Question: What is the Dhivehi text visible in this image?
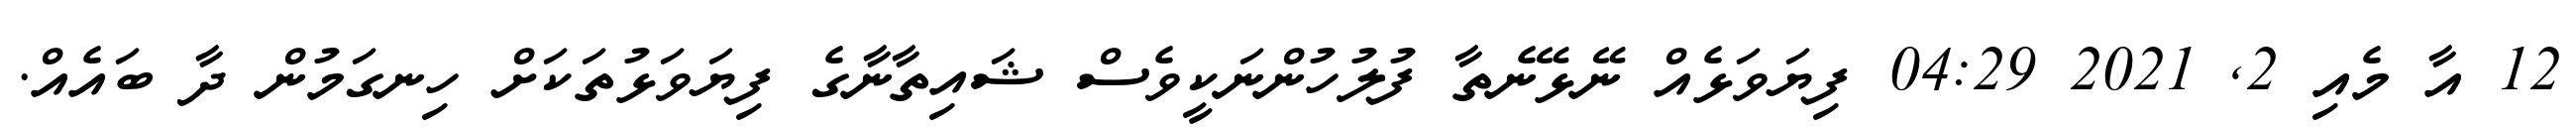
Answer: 12 އާ މެއި 2, 2021 04:29 ފިޔަވަޅެއް ނޭޅޭނެތާ ފުލުހުންނަކީވެސް ޝައިތާނާގެ ފިޔަވަޅުތަކަށް ހިނގަމުން ދާ ބައެއް.